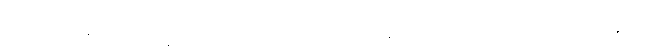
ကြုံတွေ့နေရပါက ရွာပြင်သို့ သစ်ပင်တို့လူးလွန့်လှုပ်ရှားသွားကြသည် ၁၃၉ဦး